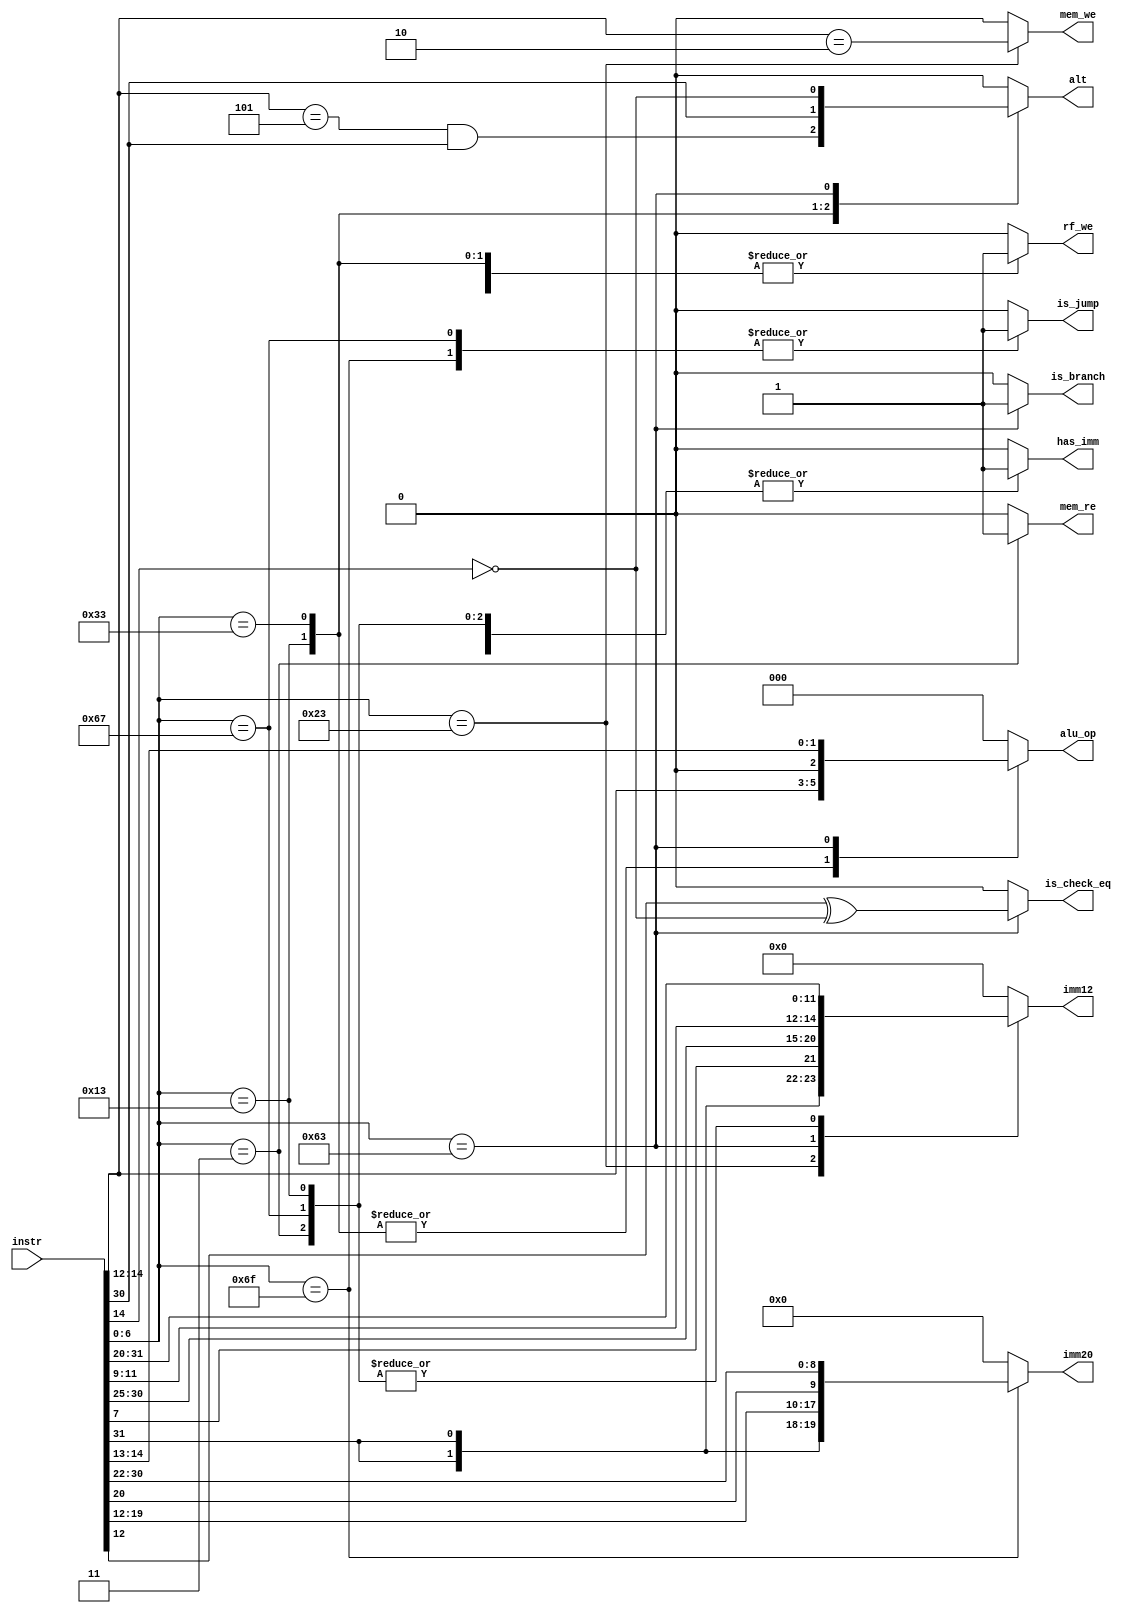
module control(
  input      [31:0]instr,

// i-type config
  output reg       has_imm,
  output reg [11:0]imm12,
  output reg [19:0]imm20,

// alu config
  output reg  [2:0]alu_op,
  output reg       alt,

// rf flags
  output reg       rf_we,

// ram flags
  output reg       mem_we,
  output reg       mem_re,
  
// branch flags
  output reg       is_branch,
  output reg       is_check_eq,
  output reg       is_jump
);

wire [6:0]opcode = instr[6:0];
wire [2:0]funct3 = instr[14:12];
wire [6:0]funct7 = instr[31:25];

always @(*) begin
  has_imm     = 1'b0;
  imm12       = 12'b0;
  imm20       = 20'b0;
  alu_op      = 3'b000;
  alt         = 1'b0;
  rf_we       = 1'b0;
  mem_we      = 1'b0;
  mem_re      = 1'b0;
  is_branch   = 1'b0;
  is_check_eq = 1'b0;
  is_jump     = 1'b0;

  casez (opcode)
    7'b0010011: begin /* ADDI SLLI SLTI SLTIU XORI SRLI SRAI ORI ANDI */
      rf_we       = 1'b1;
      alu_op      = funct3;
      imm12       = instr[31:20];
      has_imm     = 1'b1;
      alt         = (funct3 == 3'b101) && funct7[5];
    end
    7'b0110011: begin /* ADD SUB SLL SLT SLTU XOR SRL SRA OR AND */
      rf_we       = 1'b1;
      alu_op      = funct3;
      alt         = funct7[5];
    end
    7'b0100011: begin /* SW */
      imm12       = {instr[31:25], instr[11:7]};
      has_imm     = 1'b1;
      mem_we      = (funct3 == 3'b010);
    end
    7'b0000011: begin /* LW */
      imm12       = instr[31:20];
      has_imm     = 1'b1;
      mem_re      = 1'b1;
      rf_we       = 1'b1;
    end
    7'b1100011: begin /* BNE BEQ BLT BGE BLTU BGEU */
      alt         = ~funct3[2];
      alu_op      = {1'b0, funct3[2:1]};
      imm12       = {instr[31], instr[31], instr[7],
                    instr[30:25], instr[11:9]};
      is_branch   = 1'b1;
      is_check_eq = funct3[0] ^ ~funct3[2]; 
    end
    7'b1101111: begin /* JAL */
      imm20       = {instr[31], instr[31], instr[19:12],
                    instr[20], instr[30:22]};
      is_jump     = 1'b1;
      rf_we       = 1'b1;
    end
    7'b1100111: begin /* JALR */
      imm12       = instr[31:20];
      has_imm     = 1'b1;
      is_jump     = 1'b1;
      rf_we       = 1'b1;
    end
    default: ;
  endcase
end

endmodule